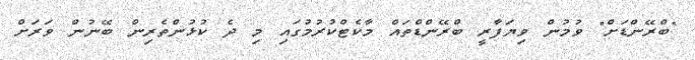
"ބްރޭންޑަށް" ވުމުން ވިޔަފާރީ ބްރޭންޑްތައް މާކެޓްކުރުމުގައި މި ދެ ކުޅުންތެރިން ބޭނުން ވަރަށް